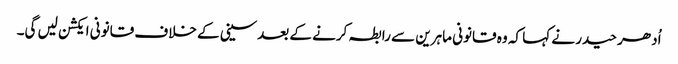
اُدھر حیدر نے کہا کہ وہ قانونی ماہرین سے رابطہ کرنے کے بعدسینی کے خلاف قانونی ایکشن لیں گی۔